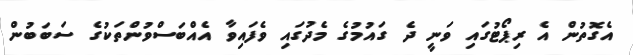
އެގޮތުން އެ ރިޕޯޓުގައި ވަނީ ދެ ގައުމުގެ މެދުގައި ވެފައިވާ އެއްބަސްވުންތަކުގެ ސަބަބުން